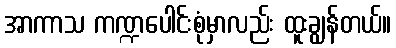
အာကာသ ကဏ္ဍပေါင်းစုံမှာလည်း ထူးချွန်တယ်။